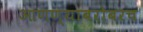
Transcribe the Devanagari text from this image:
आणण्याबरोबरच